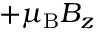
+ \mu _ { \mathrm { { B } } } B _ { z }